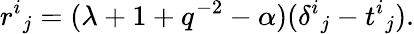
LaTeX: {r^{i}}_{j}=(\lambda+1+q^{-2}-\alpha)({\delta^{i}}_{j}-{t^{i}}_{j}).